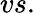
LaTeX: vs.